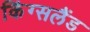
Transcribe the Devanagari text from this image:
किंग्सलैंड